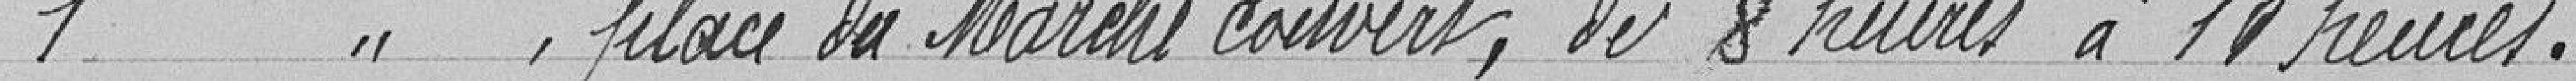
1 ", place du Marché couvert, de 8 heures à 11 heures.